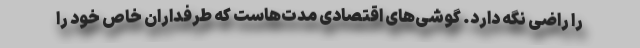
را راضی نگه دارد. گوشی‌های اقتصادی مدت‌هاست که طرفداران خاص خود را